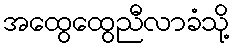
အထွေထွေညီလာခံသို့